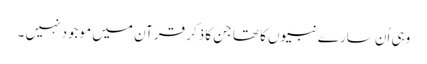
وہی اُن سارے نبیوں کا تھا جن کا ذکر قرآن میں موجود نہیں ۔